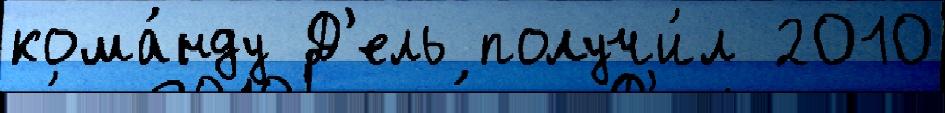
кома́нду Д'ель получи́л 2010